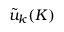
{ \tilde { u } } _ { k } ( K )